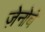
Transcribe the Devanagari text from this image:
ज़ेनोबे